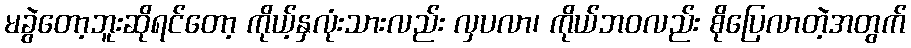
မခွဲတော့ဘူးဆိုရင်တော့ ကိုယ့်နှလုံးသားလည်း လှပလာ၊ ကိုယ်ဘဝလည်း စိုပြေလာတဲ့အတွက်